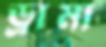
ড্রামা